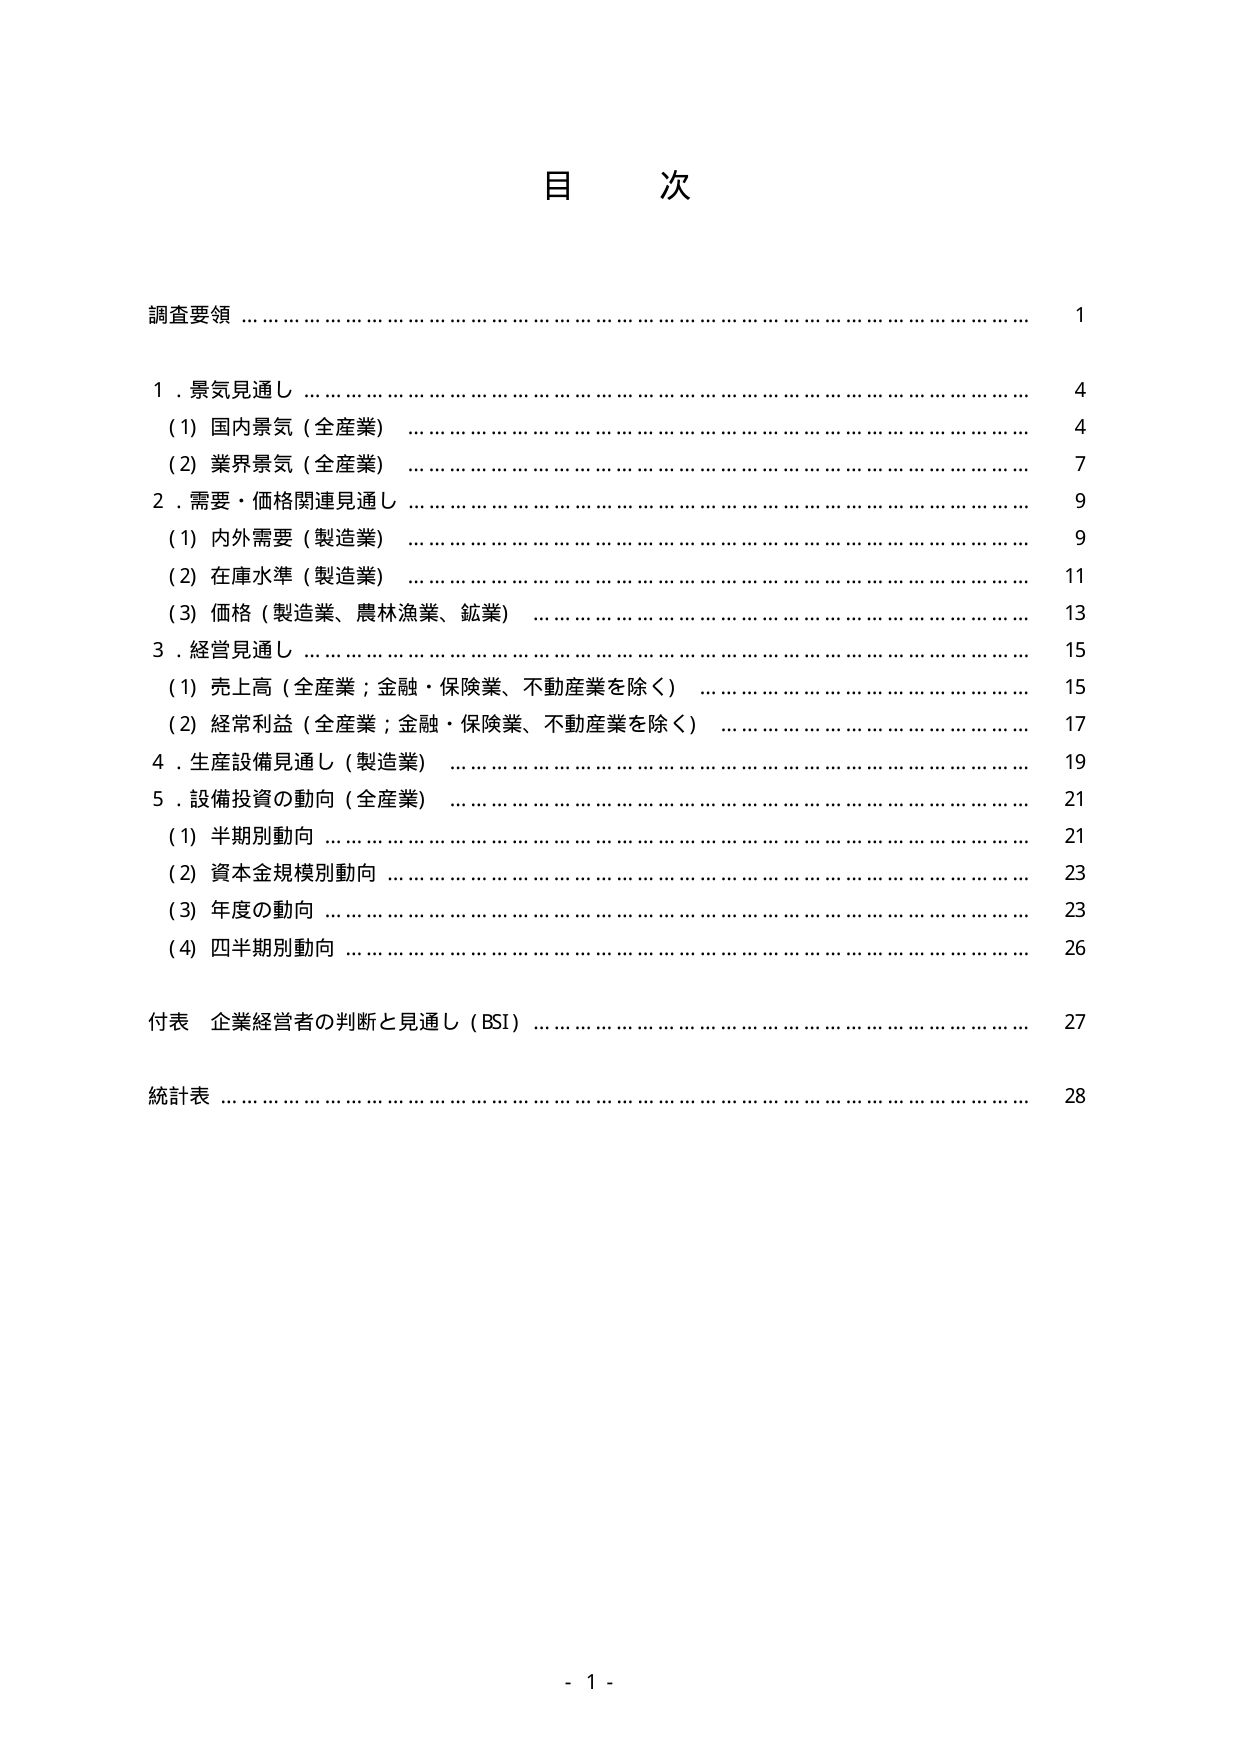
目 次

調査要領 ………………………………………………………………………… 1

1．景気見通し …………………………………………………………………… 4
　(1) 国内景気（全産業） ……………………………………………………… 4
　(2) 業界景気（全産業） ……………………………………………………… 7
2．需要・価格関連見通し ……………………………………………………… 9
　(1) 内外需要（製造業） ……………………………………………………… 9
　(2) 在庫水準（製造業） ……………………………………………………… 11
　(3) 価格（製造業、農林漁業、鉱業） ……………………………………… 13
3．経営見通し ………………………………………………………………… 15
　(1) 売上高（全産業；金融・保険業、不動産業を除く） ………………… 15
　(2) 経常利益（全産業；金融・保険業、不動産業を除く） ……………… 17
4．生産設備見通し（製造業） ………………………………………………… 19
5．設備投資の動向（全産業） ………………………………………………… 21
　(1) 半期別動向 ………………………………………………………………… 21
　(2) 資本金規模別動向 ………………………………………………………… 23
　(3) 年度の動向 ………………………………………………………………… 23
　(4) 四半期別動向 ……………………………………………………………… 26

付表 企業経営者の判断と見通し（BSI） ……………………………………… 27

統計表 …………………………………………………………………………… 28

- 1 -